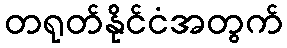
တရုတ်နိုင်ငံအတွက်